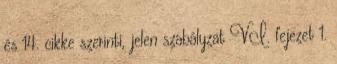
és 14. cikke szerinti, jelen szabályzat VI. fejezet 1.